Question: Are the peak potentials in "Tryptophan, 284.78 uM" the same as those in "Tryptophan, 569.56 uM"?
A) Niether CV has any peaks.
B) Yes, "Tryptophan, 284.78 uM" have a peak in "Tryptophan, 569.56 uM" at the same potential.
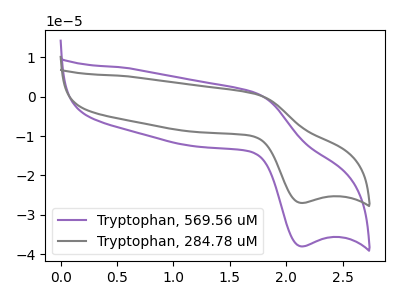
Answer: <think>The purple curve "Tryptophan, 569.56 uM" has an anodic peak at (1.75V, 0.95uA) and a cathodic peak at (2.15V, -37.95uA). The gray curve "Tryptophan, 284.78 uM" has an anodic peak at (1.75V, 0.65uA) and a cathodic peak at (2.15V, -26.95uA).</think>
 <answer>B) Yes, "Tryptophan, 284.78 uM" have a peak in "Tryptophan, 569.56 uM" at the same potential.</answer>
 <eval>B</eval>